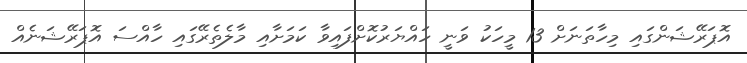
އޮޕަރޭޝަންގައި މިހާތަނަށް 13 މީހަކު ވަނީ ހައްޔަރުކޮށްފައިވާ ކަމަށާއި މާލެތެރޭގައި ހާއްސަ އޮޕަރޭޝަނެއް